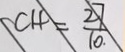
C H = \frac { 2 7 } { 1 0 }